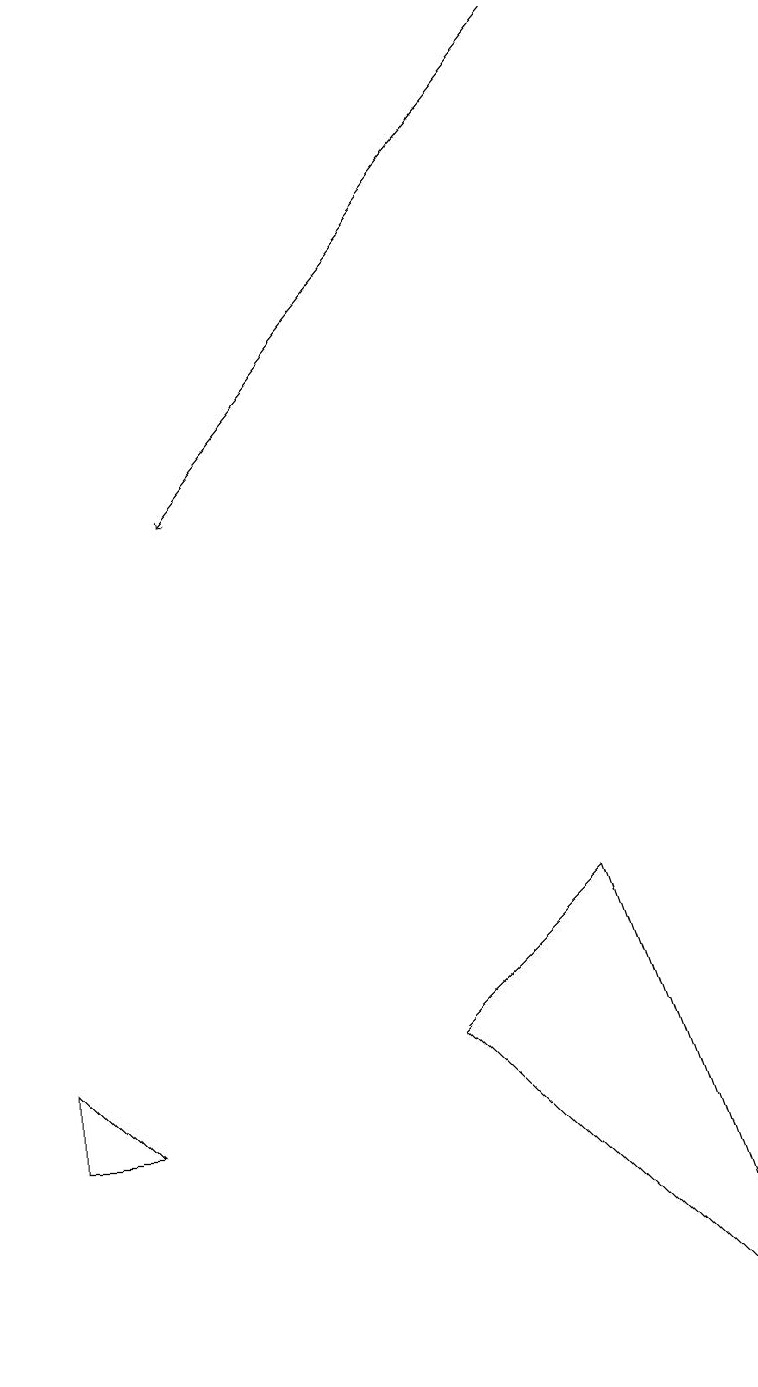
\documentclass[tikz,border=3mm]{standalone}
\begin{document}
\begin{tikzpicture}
\draw (7,8) -- (5,6) -- (9,2) -- cycle;
\draw (0,6) -- (1,5) -- (0,5) -- cycle;
\draw[->] (7,19) -- (2,13);
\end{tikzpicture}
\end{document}